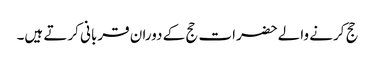
حج کرنے والےحضرات حج کے دوران قربانی کرتے ہیں۔